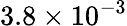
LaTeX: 3.8\times 10^{-3}